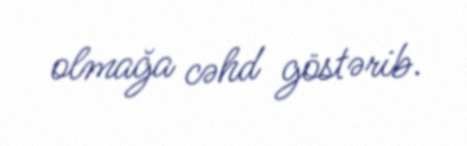
olmağa cəhd göstərib.